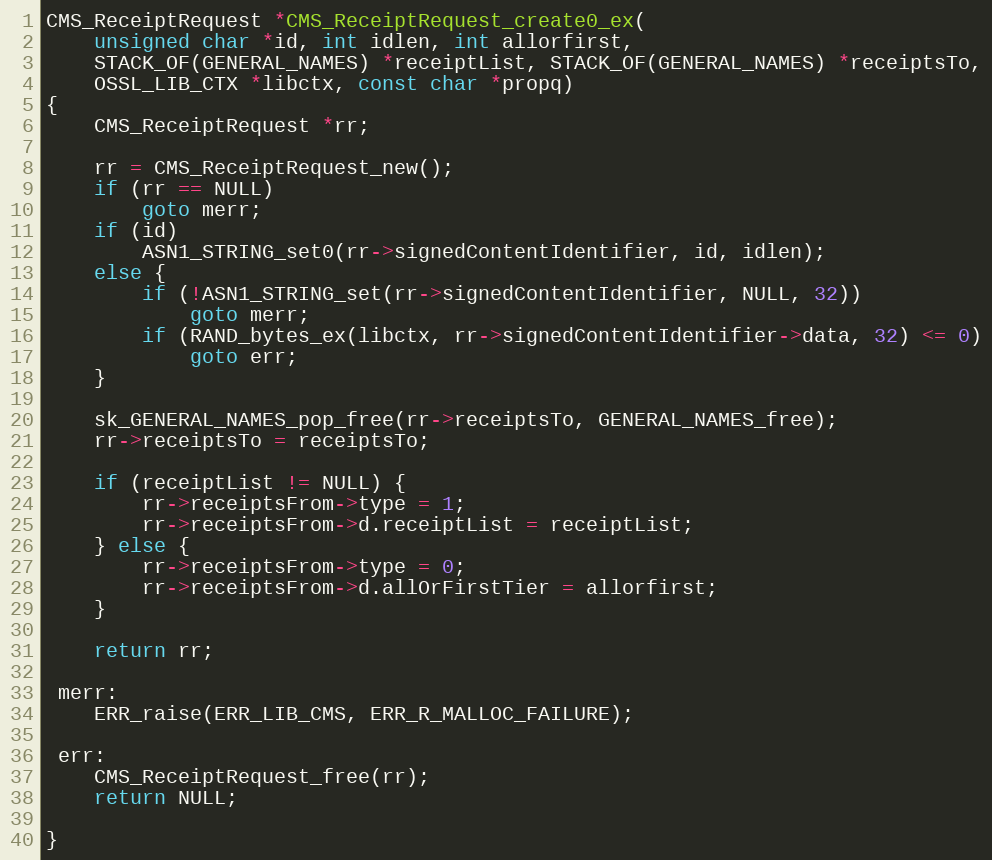
Language: C
CMS_ReceiptRequest *CMS_ReceiptRequest_create0_ex(
    unsigned char *id, int idlen, int allorfirst,
    STACK_OF(GENERAL_NAMES) *receiptList, STACK_OF(GENERAL_NAMES) *receiptsTo,
    OSSL_LIB_CTX *libctx, const char *propq)
{
    CMS_ReceiptRequest *rr;

    rr = CMS_ReceiptRequest_new();
    if (rr == NULL)
        goto merr;
    if (id)
        ASN1_STRING_set0(rr->signedContentIdentifier, id, idlen);
    else {
        if (!ASN1_STRING_set(rr->signedContentIdentifier, NULL, 32))
            goto merr;
        if (RAND_bytes_ex(libctx, rr->signedContentIdentifier->data, 32) <= 0)
            goto err;
    }

    sk_GENERAL_NAMES_pop_free(rr->receiptsTo, GENERAL_NAMES_free);
    rr->receiptsTo = receiptsTo;

    if (receiptList != NULL) {
        rr->receiptsFrom->type = 1;
        rr->receiptsFrom->d.receiptList = receiptList;
    } else {
        rr->receiptsFrom->type = 0;
        rr->receiptsFrom->d.allOrFirstTier = allorfirst;
    }

    return rr;

 merr:
    ERR_raise(ERR_LIB_CMS, ERR_R_MALLOC_FAILURE);

 err:
    CMS_ReceiptRequest_free(rr);
    return NULL;

}